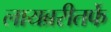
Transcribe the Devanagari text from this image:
लायब्ररीतर्फे